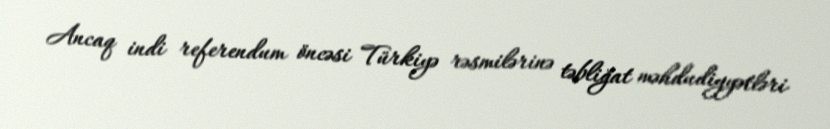
Ancaq indi referendum öncəsi Türkiyə rəsmilərinə təbliğat məhdudiyyətləri